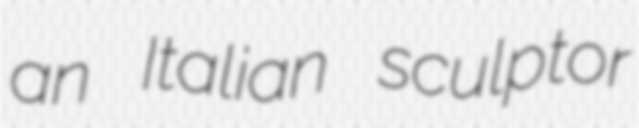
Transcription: an Italian sculptor